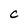
Character: C